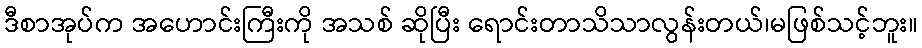
ဒီစာအုပ်က အဟောင်းကြီးကို အသစ် ဆိုပြီး ရောင်းတာသိသာလွန်းတယ်၊မဖြစ်သင့်ဘူး။